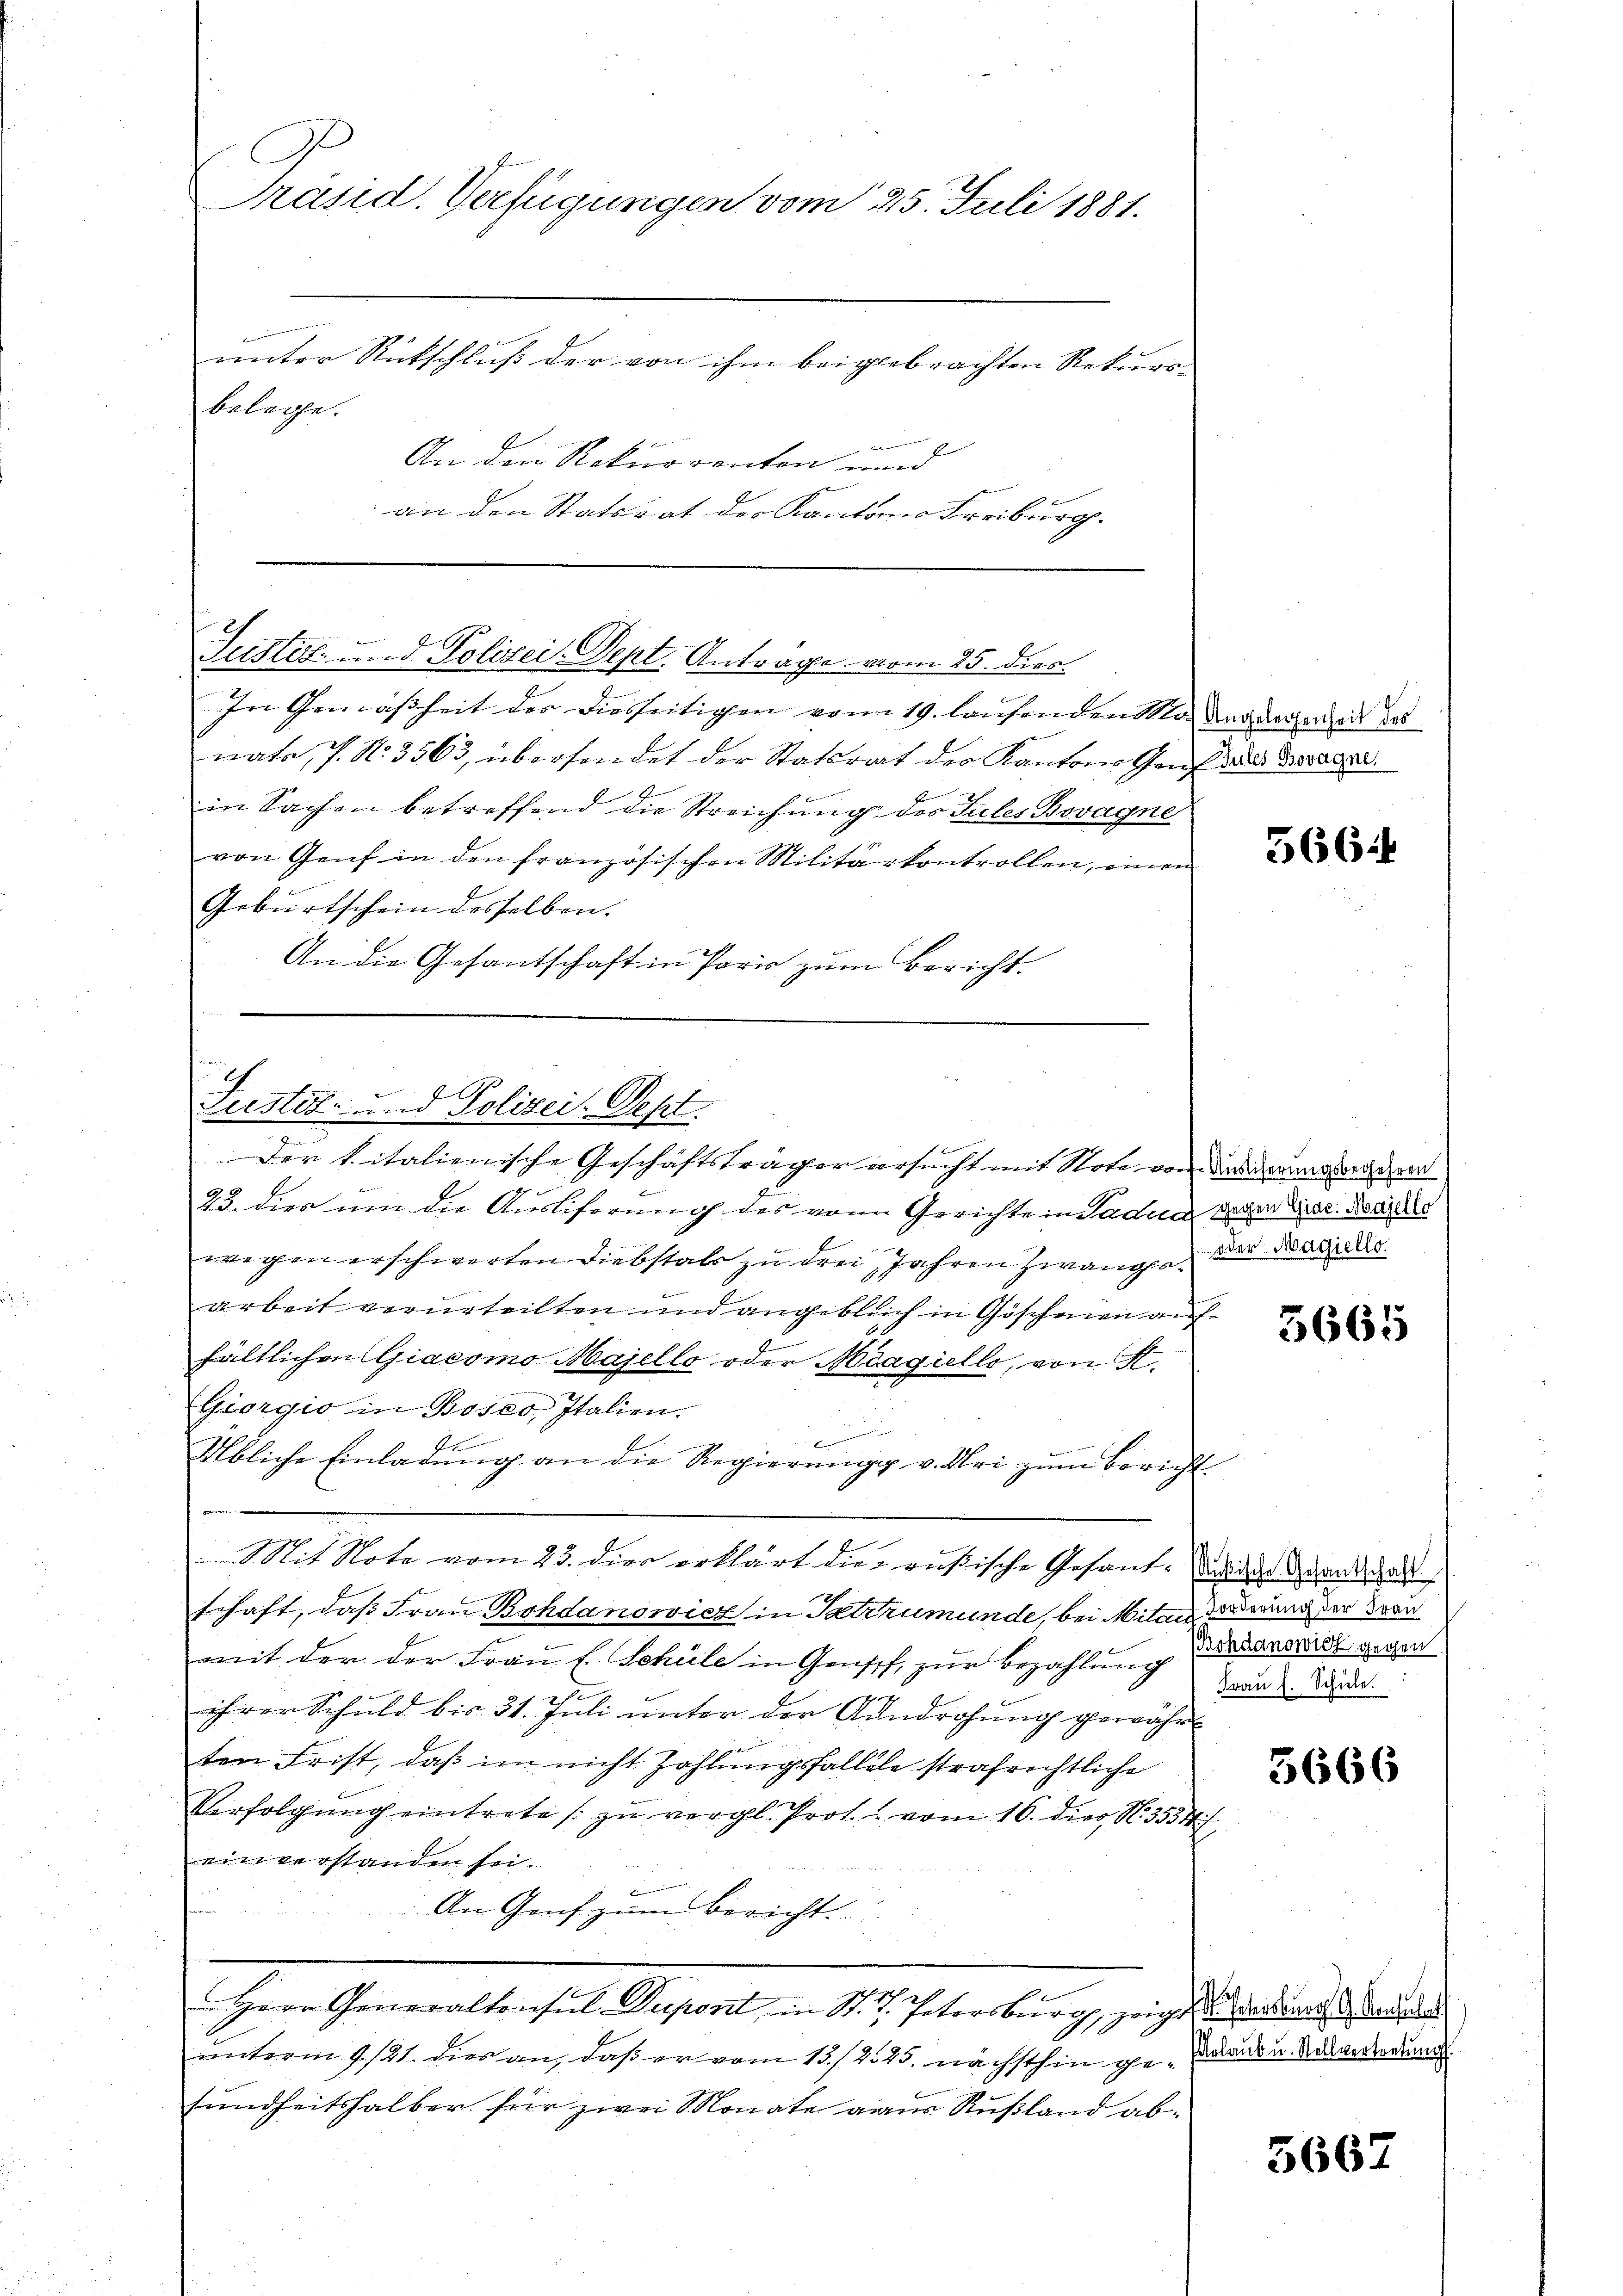
A
Präsid. Verfügungen vom 25. Juli 1881.

unter Rückschluß der von ihm beigebrachten Rekurabelege.
An den Rekurrenten und
an den Statsrat der Kantons Freiburg. |

e
Justiz- und Polizei. Sept. Antrage vom 25. dies

Fuester- und Polizei. Sept.

In Gemäßheit des diesseitigen vom 19. laufenden Mode derzereit des
nate, s. N. 3563, übersendet der Statsrat der Kantons Genf aus der
in Sachen betreffend die Streichung des Sules Bovagne
von Genf in den französischen Militärkontrollen, einen
Geburtschein desselben.
An die Gesantschaft in Paris zum Bericht.

Der kitalienische Geschäftsträger ersucht mit Note von dasigenstanden
23. dies um die Ausliferung des von Gerichte in Faden der der Kais
wegen erschwerten Diebstals zu drei Jahren zwange der der alle
arbeit verurteilten und angebleich in Göschenen aufhältlichen Giacomo Majello oder Meagiello, von K.
Giorgio in Bosco, Italien.
Übliche Einladŭng an die Regierŭng v. Uri zŭm Bericht
Mit Note vom 23. dies erklärt die rußische Gesand- wie enthalt
schaft, daß Frau Bohdanowicz in Patrzumunde, bei Mitarderung der Frau
mit der der Frau E. Schule in Gensch, zur Bezahlung darandisz gegen
ihrer Schuld bis 31. Juli unter der Ausdrohung gewähr
ten Frist, daß im nicht Zahlungsfallele strafrechtliche
Verfolgŭng eintrete zŭ vergl. Prot. vom 16. dies N. 3554
ein verstanden sei.
An Genf zum Bericht.
Herr Generaltensul-Dupont, in St. J. Petorsburg, zeigte einer Brude
anterm 9. 121. dies an, daß er vom 15./245. nächsthin geraus u. Anderun
sundheitshalber für zwei Monate aus Rußland ab¬

566

3665

Frau s. Schule.

3666

5667